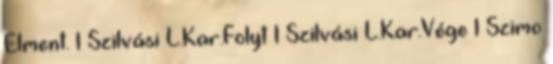
Elment. 1 Szilvási L.Kar.Folyt 1 Szilvási L.Kar.Vége 1 Szimo